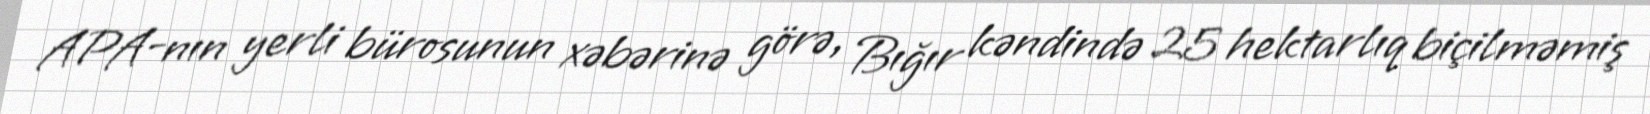
APA-nın yerli bürosunun xəbərinə görə, Bığır kəndində 25 hektarlıq biçilməmiş